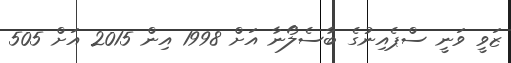
ޒަވީ ވަނީ ސްޕެއިނުގެ ބާސެލޯނާ އަށް 1998 އިން 2015 އަށް 505